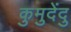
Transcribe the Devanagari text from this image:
कुमुदेंदु